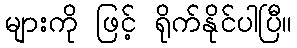
များကို ဖြင့် ရိုက်နိုင်ပါပြီ။